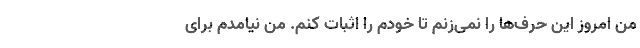
من امروز این حرف‌ها را نمی‌زنم تا خودم را اثبات کنم. من نیامدم برای